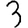
Digit: 3